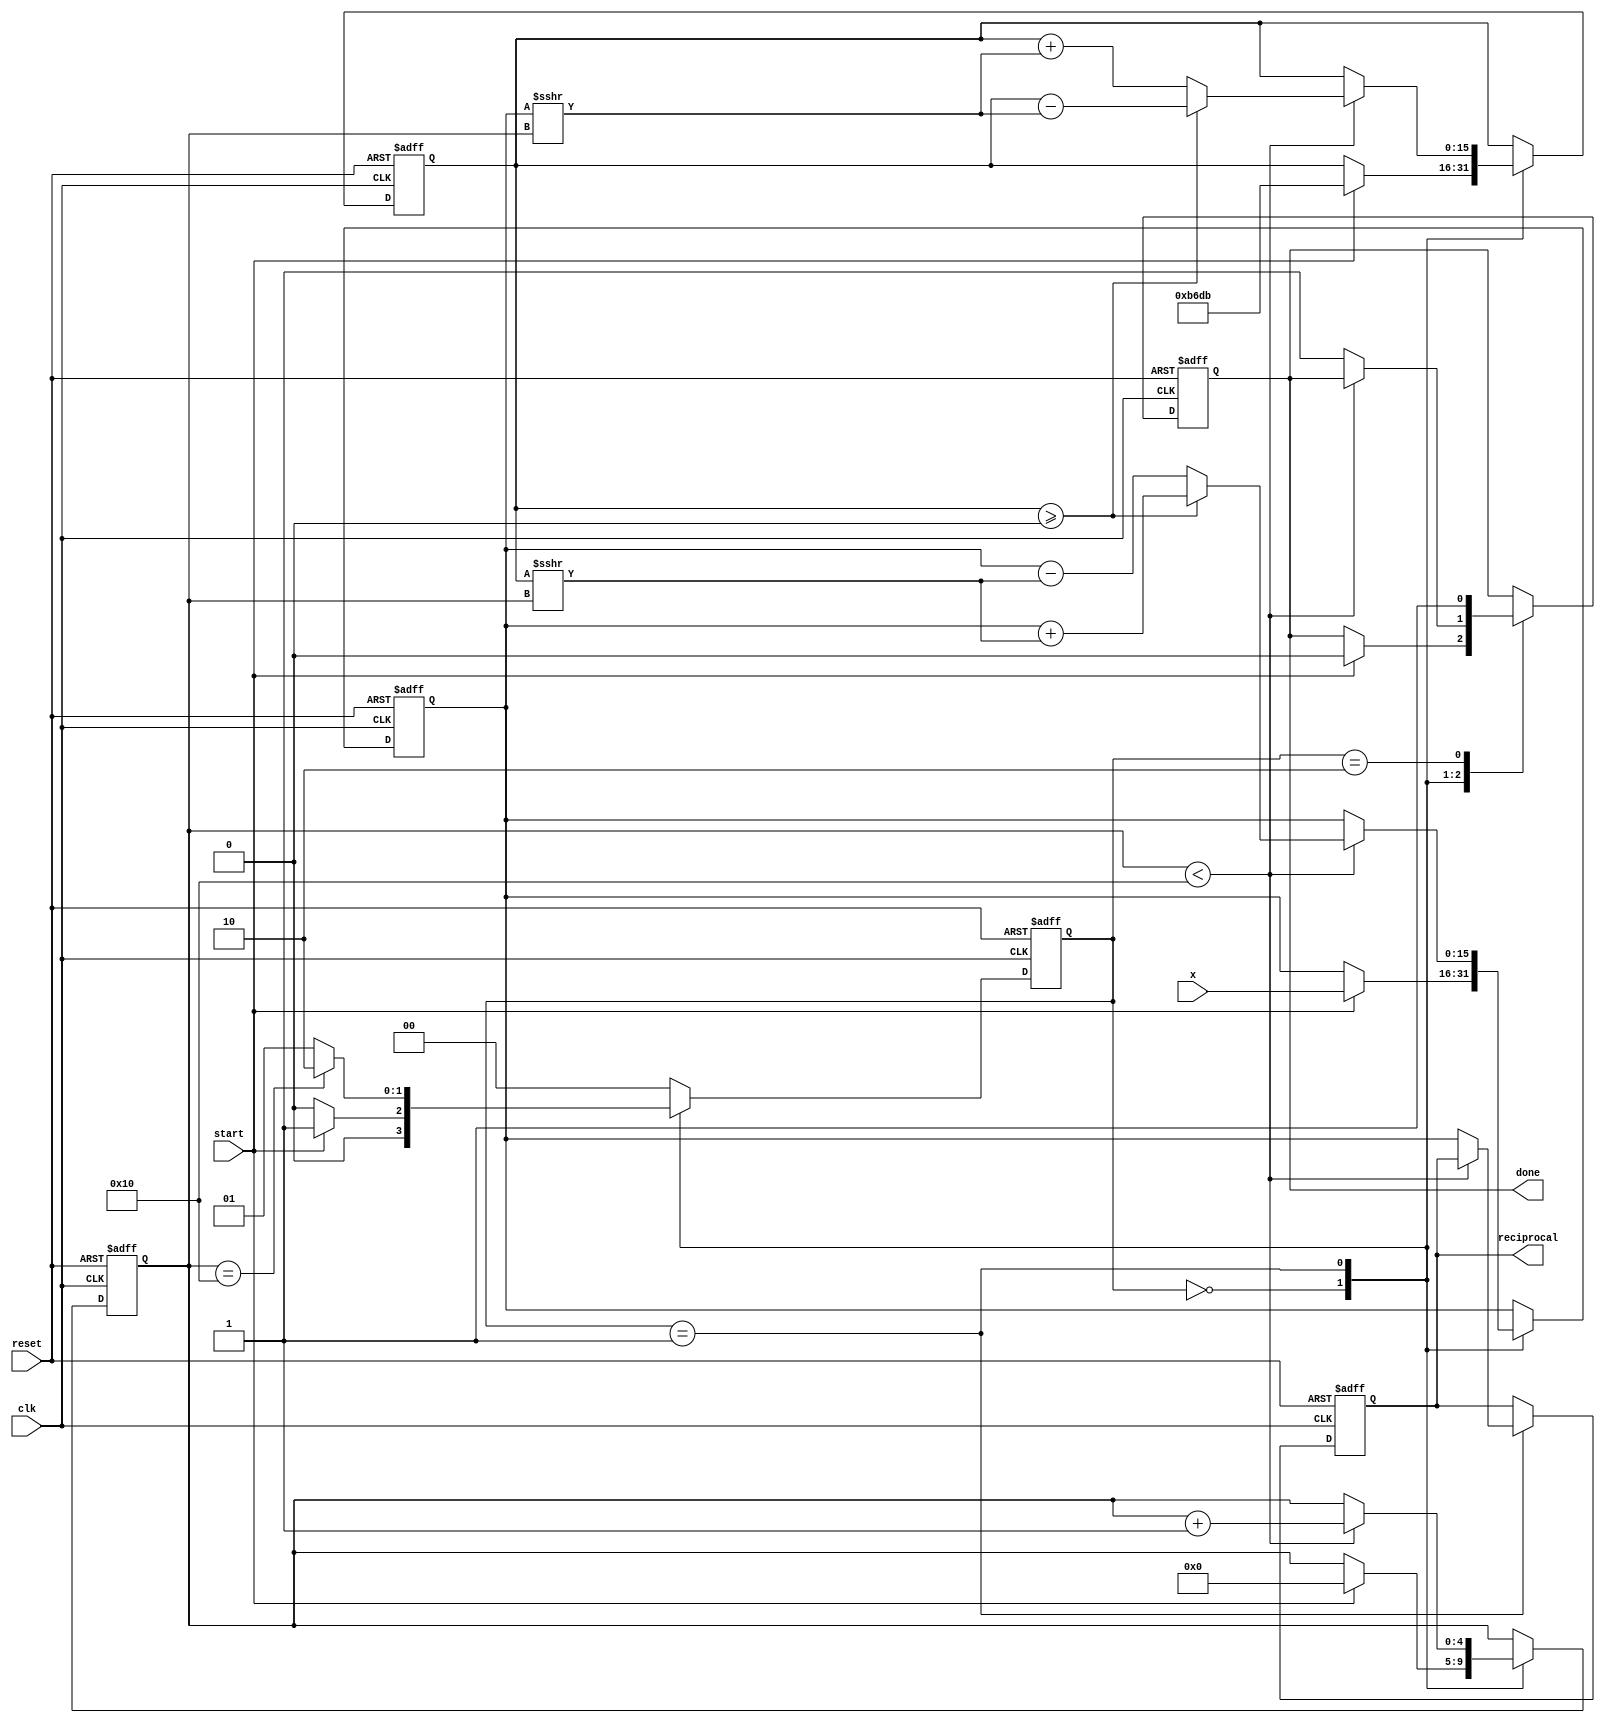
module cordic_reciprocal (
    input  wire        clk,
    input  wire        reset,
    input  wire        start,
    input  wire [15:0] x,        // Input value (fixed-point, non-zero positive)
    output reg  [15:0] reciprocal, // Computed reciprocal (fixed-point)
    output reg         done       // Indicates completion
);

// Parameters
parameter MAX_ITER = 16;          // Maximum number of iterations for convergence
parameter ANGLE_SCALE = 16'h1C71; // Scaling factor for initial angle (arctan(2^-i))
parameter K = 16'hB6DB;            // CORDIC scaling factor (1.64676... in fixed-point)

// State machine states
parameter IDLE      = 2'b00;
parameter COMPUTING = 2'b01;
parameter DONE      = 2'b10;

reg [1:0] state, next_state;
reg [4:0] iteration;
reg [31:0] z; // Internal register for angles (32-bit for precision)
reg [31:0] y, x_reg; // Internal registers for calculations
reg [15:0] x_curr, y_curr; // Current x and y values for CORDIC

// Angle lookup table for CORDIC rotations (arctan(2^-i))
reg [15:0] angle_lut [0:15];

// Initialize the angle lookup table
initial begin
    angle_lut[0]  = 16'h2000; // atan(1) = 45 degrees
    angle_lut[1]  = 16'h137B; // atan(0.5)
    angle_lut[2]  = 16'h0A3D; // atan(0.25)
    angle_lut[3]  = 16'h0519; // atan(0.125)
    // ... fill the rest of the lookup table
    angle_lut[4]  = 16'h028C;
    angle_lut[5]  = 16'h0146;
    angle_lut[6]  = 16'h00A3;
    angle_lut[7]  = 16'h0051;
    angle_lut[8]  = 16'h0028;
    angle_lut[9]  = 16'h0014;
    angle_lut[10] = 16'h000A;
    angle_lut[11] = 16'h0005;
    angle_lut[12] = 16'h0002;
    angle_lut[13] = 16'h0001;
    angle_lut[14] = 16'h0000;
    angle_lut[15] = 16'h0000;
end

// State transition
always @(posedge clk or posedge reset) begin
    if (reset) begin
        state <= IDLE;
    end else begin
        state <= next_state;
    end
end

// Next state logic
always @(*) begin
    case (state)
        IDLE: begin
            if (start) begin
                next_state = COMPUTING;
            end else begin
                next_state = IDLE;
            end
        end
        COMPUTING: begin
            if (iteration == MAX_ITER) begin
                next_state = DONE;
            end else begin
                next_state = COMPUTING;
            end
        end
        DONE: begin
            next_state = IDLE;
        end
        default: next_state = IDLE;
    endcase
end

// Computation logic
always @(posedge clk or posedge reset) begin
    if (reset) begin
        iteration <= 0;
        x_curr <= 0;
        y_curr <= 0;
        z <= 0;
        done <= 0;
        reciprocal <= 0;
    end else begin
        case (state)
            IDLE: begin
                if (start) begin
                    x_curr <= x;
                    y_curr <= K; // Initialize with CORDIC constant
                    z <= 0; // Initial angle
                    iteration <= 0;
                    done <= 0;
                end
            end
            COMPUTING: begin
                if (iteration < MAX_ITER) begin
                    // CORDIC rotation logic
                    if (y_curr >= 0) begin
                        // Apply rotation
                        y_curr <= y_curr - (x_curr >>> iteration);
                        x_curr <= x_curr + (y_curr >>> iteration);
                        z <= z - angle_lut[iteration];
                    end else begin
                        // Apply negative rotation
                        y_curr <= y_curr + (x_curr >>> iteration);
                        x_curr <= x_curr - (y_curr >>> iteration);
                        z <= z + angle_lut[iteration];
                    end
                    iteration <= iteration + 1;
                end else begin
                    // Finalize output
                    reciprocal <= x_curr; // The result of CORDIC iterations
                    done <= 1;
                end
            end
            DONE: begin
                // Wait for next start
                done <= 1;
            end
        endcase
    end
end

endmodule